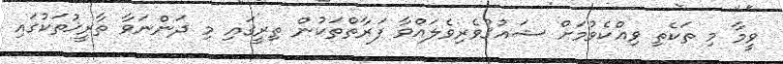
ވީމާ މި ތަކެތި ވިއްކެވުމަށް ޝައުޤުވެރިވެލައްވާ ފަރާތްތަކުން ތިރީގައި މި ދަންނަވާ ތާރީޚުތަކުގައި